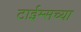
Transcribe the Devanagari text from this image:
टाईम्सच्या